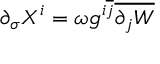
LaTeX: \partial _ { \sigma } X ^ { i } = \omega g ^ { i \overline { { { j } } } } \overline { { { \partial _ { j } W } } }